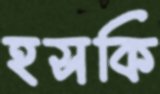
হসকি